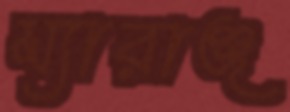
ম্যারাঞ্জ